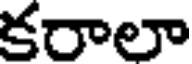
కరాలా